Vaccination in the Punjab 1897-1904 - 1897-1904
Year: 1897
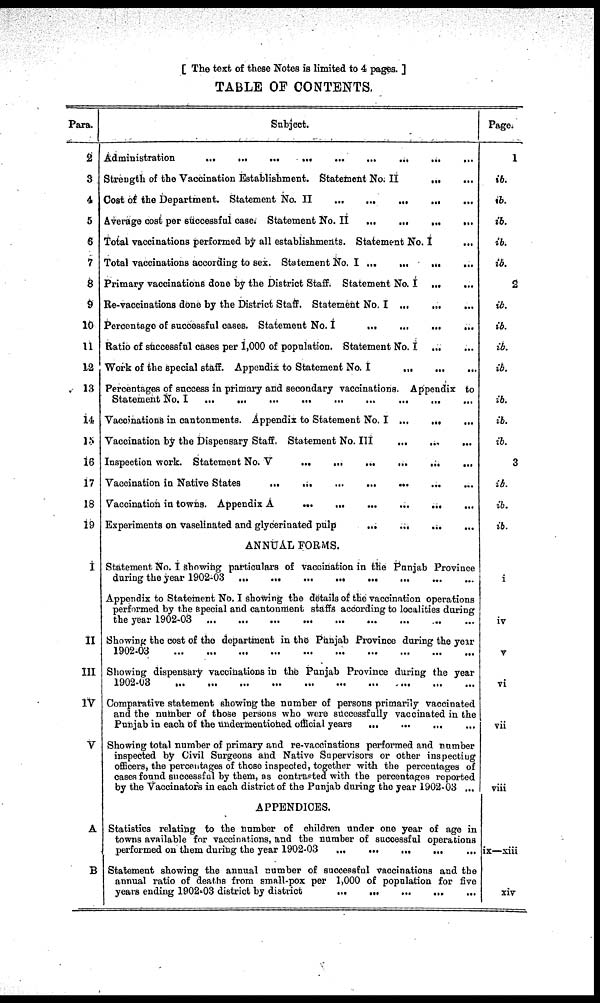
[ The text of these Notes is limited to 4 pages. ]
TABLE OF CONTENTS.
Para.
2
3
4
5
6
7
8
9
10
11
12
13
14
15
16
17
18
19
I
II
III
IV
V
A
B
Subject.
Administration
...
...
...
...
...
...
...
...
...
Strength of the Vaccination Establishment. Statement No. II
...
...
Cost of the Department. Statement No. II
...
...
...
... ...
Average cost per successful case. Statement No. II ... ... ... ... ...
Total vaccinations performed by all establishments. Statement No. I
...
Total vaccinations according to sex. Statement No. I ...
...
...
...
Primary vaccinations done by the District Staff. Statement No. I ... ...
Re-vaccinations done by the District Staff. Statement No. I ...
...
...
Percentage of successful cases. Statement No. I
...
...
...
...
Ratio of successful cases per 1,000 of population. Statement No. I
...
...
Work of the special staff. Appendix to Statement No. I
... ... ...
Percentages of success in primary and secondary vaccinations. Appendix to
Statement No. I
...
...
...
...
...
...
...
...
...
Vaccinations in cantonments. Appendix to Statement No. I ...
...
...
Vaccination by the Dispensary Staff. Statement No. III
...
... ...
Inspection work. Statement No. V
...
...
...
...
... ...
Vaccination in Native States
...
...
...
...
...
...
...
Vaccination in towns. Appendix A
...
...
...
...
...
...
Experiments on vaselinated and glycerinated pulp
...
...
... ...
ANNUAL FORMS.
Statement No. I showing particulars of vaccination in the Punjab Province
during the year 1902-03 ... ... ... ... ... ... ... ...
Appendix to Statement No. I showing the details of the vaccination operations
performed by the Special and cantonment staffs according to localities during
the year 1902-03
...
...
...
...
...
...
...
...
...
Showing the cost of the department in the Punjab Province during the year
1902-03
...
...
...
...
...
...
...
...
...
Showing dispensary vaccinations in the Punjab Province during the year
1902-03
...
...
...
...
...
...
...
...
...
...
Comparative statement showing the number of persons primarily vaccinated
and the number of those persons who were successfully vaccinated in the
Punjab in each of the undermentioned official years ... ... ... ...
Showing total number of primary and re-vaccinations performed and number
inspected by Civil Surgeons and Native Supervisors or other inspecting
officers, the percentages of those inspected, together with the percentages of
cases found successful by them, as contrasted with the percentages reported
by the Vaccinators in each district of the Punjab during the year 1902-03 ...
APPENDICES.
Statistics relating to the number of children under one year of age in
towns available for vaccinations, and the number of successful operations
performed on them during the year 1902-03 ... ... ... ... ...
Statement showing the annual number of successful vaccinations and the
annual ratio of deaths from small-pox per 1,000 of population for five
years ending 1902-03 district by district ... ... ... ... ...
Page.
1
ib.
ib.
ib.
ib.
ib.
2
ib.
ib.
ib.
ib.
ib.
ib.
ib.
3
ib.
ib.
ib.
i
iv
V
vi
vii
viii
ix—xiii
xiv